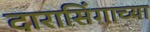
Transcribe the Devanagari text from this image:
दारासिंगाच्या